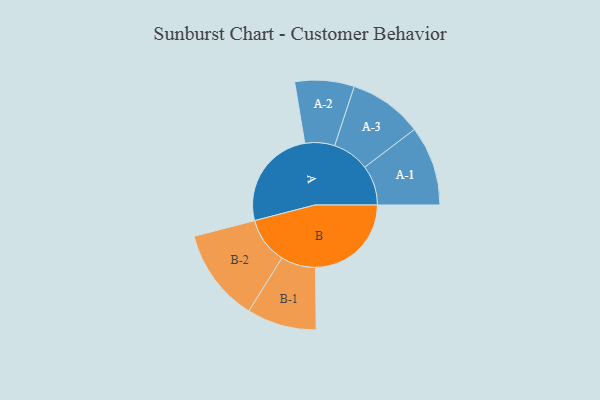
{"axis": {"x": "Segment", "y": "Value"}, "legend": ["", "A", "B"], "data": [{"x": "A", "y": 439, "type": ""}, {"x": "B", "y": 413, "type": ""}, {"x": "A-1", "y": 172, "type": "A"}, {"x": "A-2", "y": 128, "type": "A"}, {"x": "A-3", "y": 159, "type": "A"}, {"x": "B-1", "y": 150, "type": "B"}, {"x": "B-2", "y": 201, "type": "B"}]}